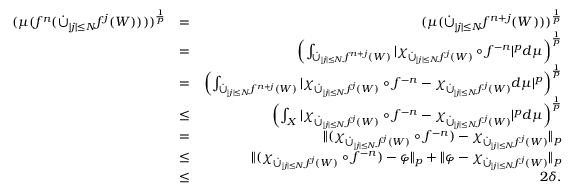
\begin{array} { r l r } { ( \mu ( f ^ { n } ( \dot { \cup } _ { \vert j \vert \leq N } f ^ { j } ( W ) ) ) ) ^ { \frac { 1 } { p } } } & { = } & { ( \mu ( \dot { \cup } _ { \vert j \vert \leq N } f ^ { n + j } ( W ) ) ) ^ { \frac { 1 } { p } } } \\ & { = } & { \left( \int _ { \dot { \cup } _ { \vert j \vert \leq N } f ^ { n + j } ( W ) } \vert \chi _ { \dot { \cup } _ { \vert j \vert \leq N } f ^ { j } ( W ) } \circ f ^ { - n } \vert ^ { p } d \mu \right) ^ { \frac { 1 } { p } } } \\ & { = } & { \left( \int _ { \dot { \cup } _ { \vert j \vert \leq N } f ^ { n + j } ( W ) } \vert \chi _ { \dot { \cup } _ { \vert j \vert \leq N } f ^ { j } ( W ) } \circ f ^ { - n } - \chi _ { \dot { \cup } _ { \vert j \vert \leq N } f ^ { j } ( W ) } d \mu \vert ^ { p } \right) ^ { \frac { 1 } { p } } } \\ & { \leq } & { \left( \int _ { X } \vert \chi _ { \dot { \cup } _ { \vert j \vert \leq N } f ^ { j } ( W ) } \circ f ^ { - n } - \chi _ { \dot { \cup } _ { \vert j \vert \leq N } f ^ { j } ( W ) } \vert ^ { p } d \mu \right) ^ { \frac { 1 } { p } } } \\ & { = } & { \Vert ( \chi _ { \dot { \cup } _ { \vert j \vert \leq N } f ^ { j } ( W ) } \circ f ^ { - n } ) - \chi _ { \dot { \cup } _ { \vert j \vert \leq N } f ^ { j } ( W ) } \Vert _ { p } } \\ & { \leq } & { \Vert ( \chi _ { \dot { \cup } _ { \vert j \vert \leq N } f ^ { j } ( W ) } \circ f ^ { - n } ) - \varphi \Vert _ { p } + \Vert \varphi - \chi _ { \dot { \cup } _ { \vert j \vert \leq N } f ^ { j } ( W ) } \Vert _ { p } } \\ & { \leq } & { 2 \delta . } \end{array}